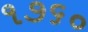
૧૭૬૦